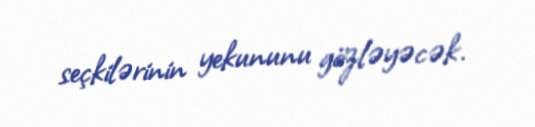
seçkilərinin yekununu gözləyəcək.